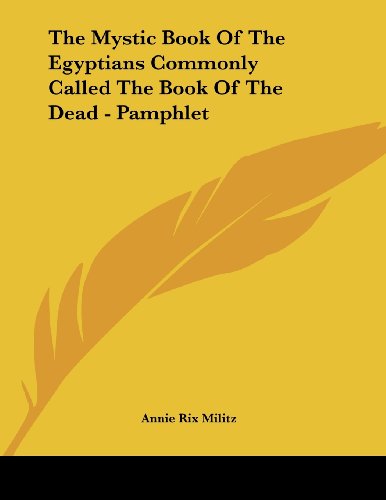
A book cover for The Mystic Book Of The Egyptians Commonly Called The Book Of The Dead - Pamphlet; Annie Rix Militz; Religion & Spirituality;